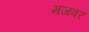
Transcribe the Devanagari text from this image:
मजवर